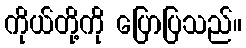
ကိုယ်တို့ကို ပြောပြသည်။